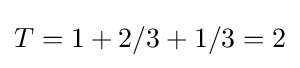
T=1+2/3+1/3=2